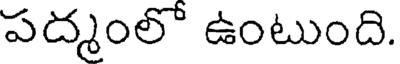
పద్మంలో ఉంటుంది.